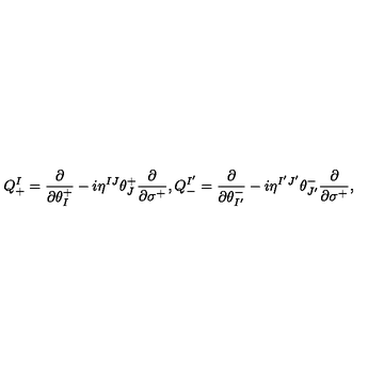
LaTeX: Q _ { + } ^ { I } = \frac { \partial } { \partial \theta _ { I } ^ { + } } - i \eta ^ { I J } \theta _ { J } ^ { + } \frac { \partial } { \partial \sigma ^ { + } } , Q _ { - } ^ { I ^ { \prime } } = \frac { \partial } { \partial \theta _ { I ^ { \prime } } ^ { - } } - i \eta ^ { I ^ { \prime } J ^ { \prime } } \theta _ { J ^ { \prime } } ^ { - } \frac { \partial } { \partial \sigma ^ { + } } ,